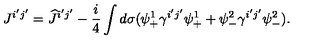
J ^ { i ^ { \prime } j ^ { \prime } } = \widehat { J } ^ { i ^ { \prime } j ^ { \prime } } - \frac { i } { 4 } \int d \sigma ( \psi _ { + } ^ { 1 } \gamma ^ { i ^ { \prime } j ^ { \prime } } \psi _ { + } ^ { 1 } + \psi _ { - } ^ { 2 } \gamma ^ { i ^ { \prime } j ^ { \prime } } \psi _ { - } ^ { 2 } ) .